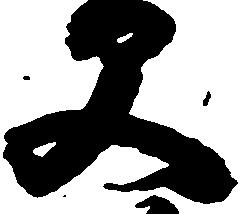
父